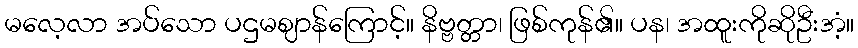
မလေ့လာ အပ်သော ပဌမဈာန်ကြောင့်။ နိဗ္ဗတ္တာ၊ ဖြစ်ကုန်၏။ ပန၊ အထူးကိုဆိုဦးအံ့။